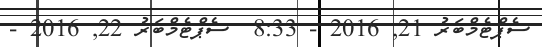
ސެޕްޓެމްބަރު 21